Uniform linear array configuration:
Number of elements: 48
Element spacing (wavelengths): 1
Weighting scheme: kaiser
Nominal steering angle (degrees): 15
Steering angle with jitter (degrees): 16.748
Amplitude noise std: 0.05
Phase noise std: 0.05

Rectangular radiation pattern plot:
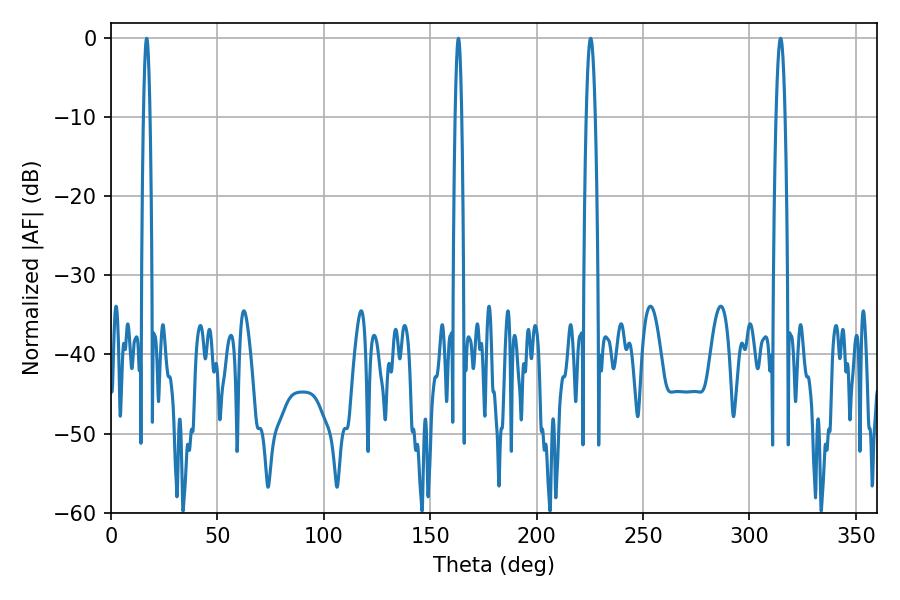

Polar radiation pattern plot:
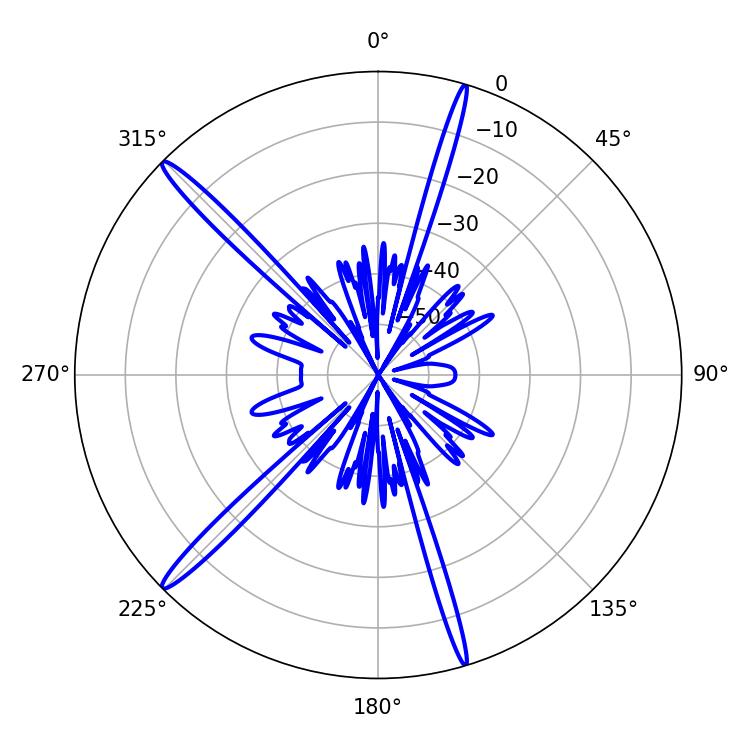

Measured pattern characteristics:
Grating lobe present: TRUE
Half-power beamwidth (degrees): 2.16
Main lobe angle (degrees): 225.36